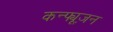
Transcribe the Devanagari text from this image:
कन्फ्यूज़न